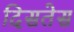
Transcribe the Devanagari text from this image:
दिसतेस